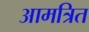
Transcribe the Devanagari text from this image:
आमत्रित